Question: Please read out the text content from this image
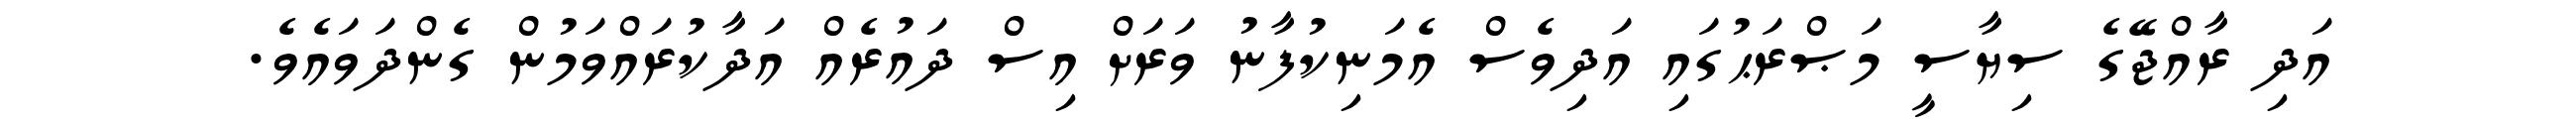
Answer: އަދި ރާއްޖޭގެ ސިޔާސީ މަޞްރަޙުގައި އަދިވެސް އެމަނިކުފާނު ވަރަށް އިސް ދައުރެއް އަދާކުރައްވަމުން ގެންދަވައެވެ.